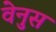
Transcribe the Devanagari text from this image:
वेनुस